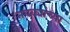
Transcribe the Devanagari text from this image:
तबक्यांच्या